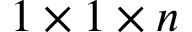
1 \times 1 \times n